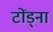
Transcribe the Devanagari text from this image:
टोंड्ना